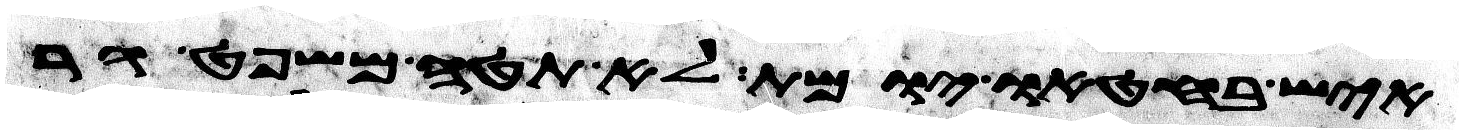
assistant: איש בחטאו יומת לא תטה משפט גר